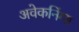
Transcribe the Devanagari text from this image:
अवेकनिंग्स